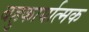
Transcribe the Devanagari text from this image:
बहुकार्यात्‍मक